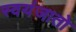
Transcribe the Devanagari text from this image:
स्वयंजातो